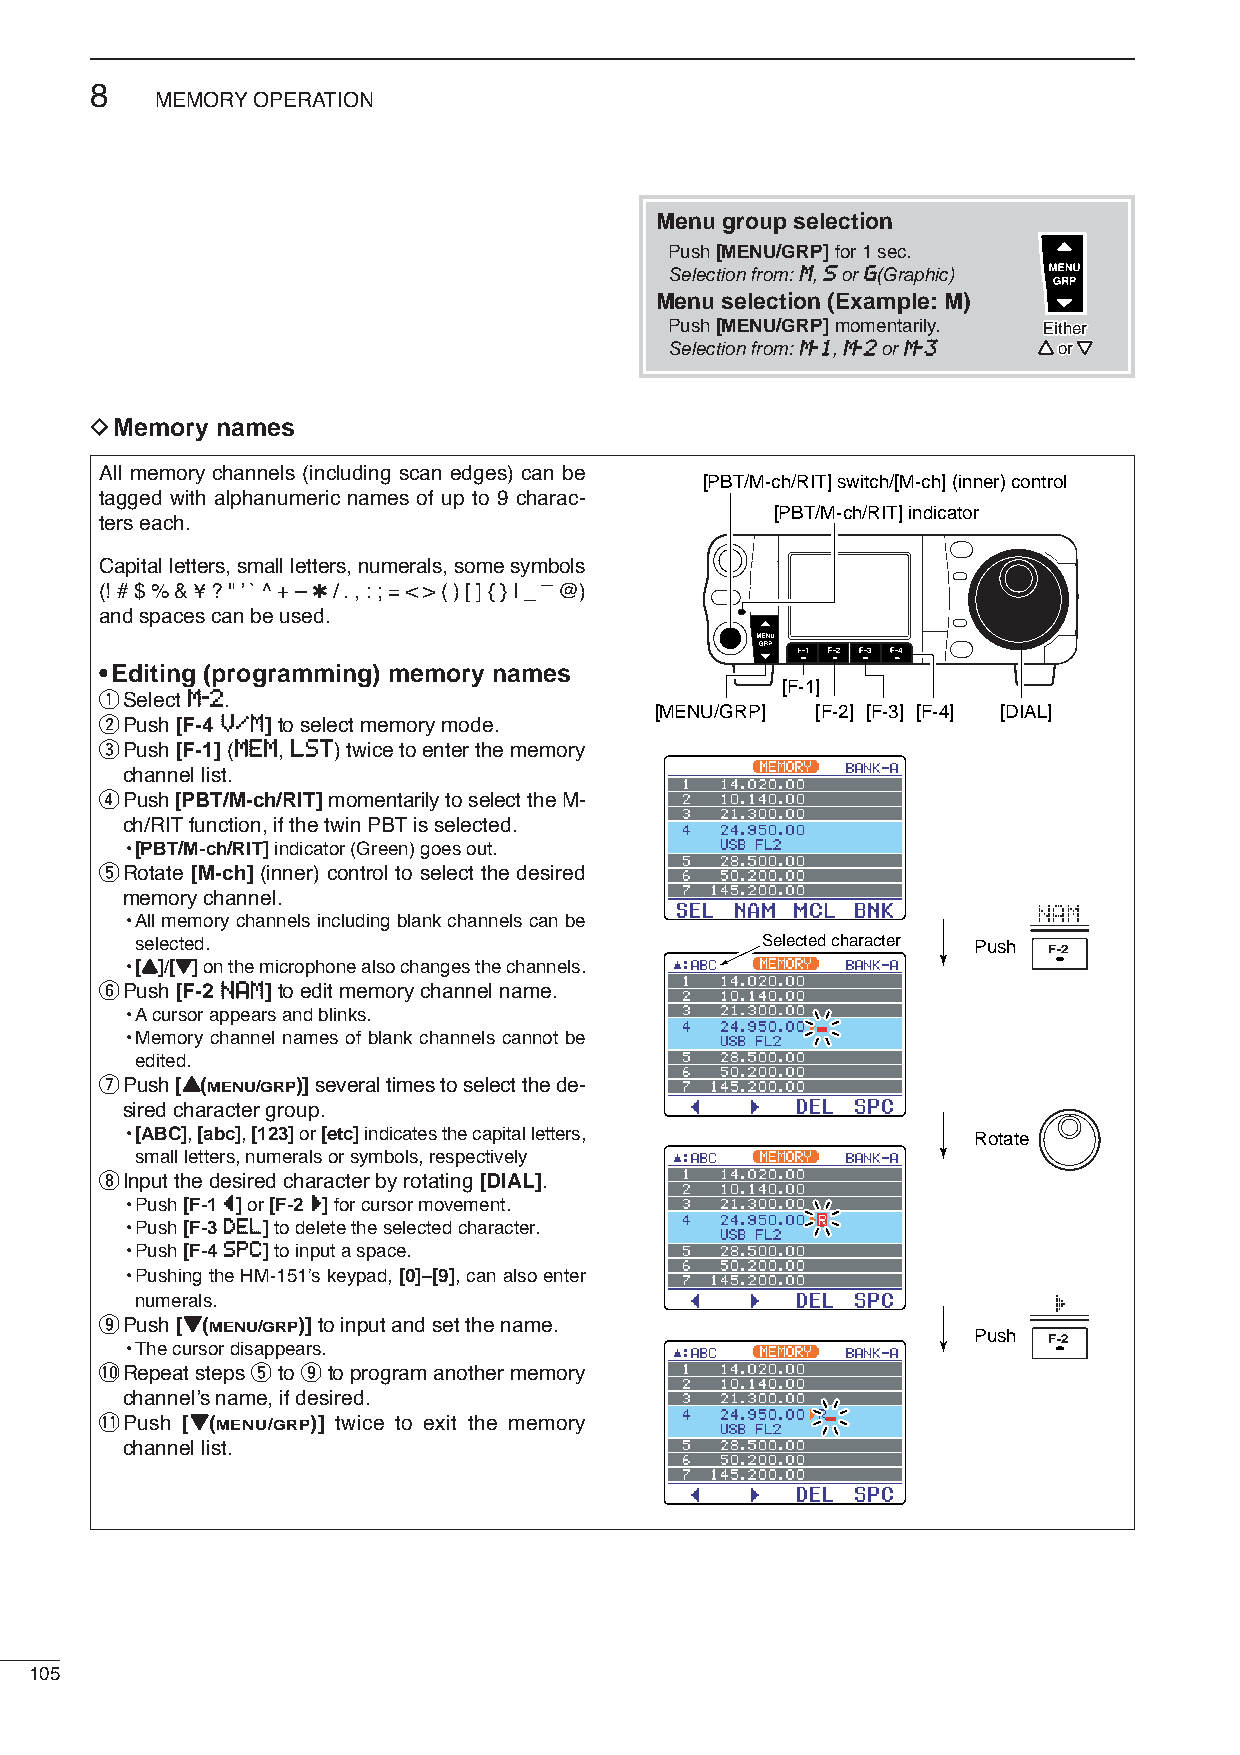
8
 MEMORYOPERATION
 Menu group selection
 Push [MENU/GRP]for 1 sec.
 Selection from: MM, SSor GG(Graphic)
 Menu selection (Example: M)
 Push [MENU/GRP]momentarily. EEiitthheerr
 Selection from: MM--11, MM--22or MM--33 YY oorr ZZ
 DMemory names
 All memory channels (including scan edges) can be
 [PBT/M-ch/RIT] switch/[M-ch] (inner) control
 tagged with alphanumeric names of up to 9 charac-
 [PBT/M-ch/RIT] indicator
 ters each.
 Capital letters, small letters, numerals, some symbols
 _
 (! # $ % & ¥ ? " ’` ^ + – ✱/ . , : ; = < > ( ) [ ] { } | _ @)
 and spaces can be used.
 •Editing (programming) memory names
 [F-1]
 qSelect MM--22.
 [MENU/GRP] [F-2] [F-3] [F-4] [DIAL]
 wPush [F-4 VV//MM]to select memory mode.
 ePush [F-1](MMEEMM, LLSSTT) twice to enter the memory
 channel list.
 rPush [PBT/M-ch/RIT]momentarily to select the M-
 ch/RITfunction, if the twin PBTis selected.
 •[PBT/M-ch/RIT]indicator (Green) goes out.
 tRotate [M-ch] (inner) control to select the desired
 memory channel.
 NAM
 •All memory channels including blank channels can be
 selected.                                Selected character Push
 •[YY]/[ZZ]on the microphone also changes the channels.
 yPush [F-2 NNAAMM]to edit memory channel name.
 •Acursor appears and blinks.
 •Memory channel names of blank channels cannot be
 edited.
 uPush [YY(MENU/GRP)]several times to select the de-
 sired character group.
 •[ABC], [abc], [123]or [etc]indicates the capital letters, Rotate
 small letters, numerals or symbols, respectively
 iInput the desired character by rotating [DIAL].
 •Push [F-1 ÅÅ]or [F-2 ÇÇ]for cursor movement.
 •Push [F-3 DDEELL]to delete the selected character.
 •Push [F-4 SSPPCC]to input a space.
 •Pushing the HM-151’s keypad, [0]–[9], can also enter
 numerals.                                                    Ç
 oPush [ZZ(MENU/GRP)]to input and set the name.
 Push
 •The cursor disappears.
 !0Repeat steps tto oto program another memory
 channel’s name, if desired.
 !1Push [ZZ(MENU/GRP)] twice to exit the memory
 channel list.
 105